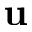
\mathbf { u }